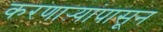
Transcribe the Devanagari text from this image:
करणाऱ्यांपासून